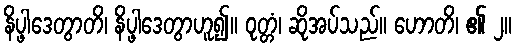
နိပ္ဖါဒေတွာတိ၊ နိပ္ဖါဒေတွာဟူ၍။ ဝုတ္တံ၊ ဆိုအပ်သည်။ ဟောတိ၊ ၏ ၂။